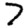
Digit: 7